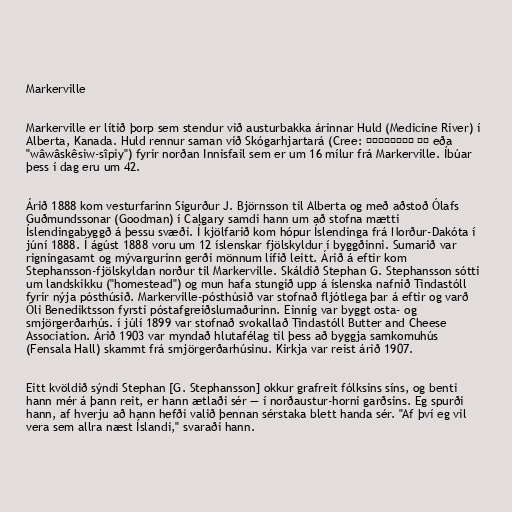
Markerville

Markerville er lítið þorp sem stendur við austurbakka árinnar Huld (Medicine River) í
Alberta, Kanada. Huld rennur saman við Skógarhjartará (Cree: ᐋᐧᐋᐧᐢᑫᓯᐤ ᓰᐱ eða
"wâwâskêsiw-sîpiy") fyrir norðan Innisfail sem er um 16 mílur frá Markerville. Íbúar
þess í dag eru um 42.

Árið 1888 kom vesturfarinn Sigurður J. Björnsson til Alberta og með aðstoð Ólafs
Guðmundssonar (Goodman) í Calgary samdi hann um að stofna mætti
Íslendingabyggð á þessu svæði. Í kjölfarið kom hópur Íslendinga frá Norður-Dakóta í
júní 1888. Í ágúst 1888 voru um 12 íslenskar fjölskyldur í byggðinni. Sumarið var
rigningasamt og mývargurinn gerði mönnum lífið leitt. Árið á eftir kom
Stephansson-fjölskyldan norður til Markerville. Skáldið Stephan G. Stephansson sótti
um landskikku ("homestead") og mun hafa stungið upp á íslenska nafnið Tindastóll
fyrir nýja pósthúsið. Markerville-pósthúsið var stofnað fljótlega þar á eftir og varð
Óli Benediktsson fyrsti póstafgreiðslumaðurinn. Einnig var byggt osta- og
smjörgerðarhús. í júlí 1899 var stofnað svokallað Tindastóll Butter and Cheese
Association. Árið 1903 var myndað hlutafélag til þess að byggja samkomuhús
(Fensala Hall) skammt frá smjörgerðarhúsinu. Kirkja var reist árið 1907.

Eitt kvöldið sýndi Stephan [G. Stephansson] okkur grafreit fólksins síns, og benti
hann mér á þann reit, er hann ætlaði sér — í norðaustur-horni garðsins. Eg spurði
hann, af hverju að hann hefði valið þennan sérstaka blett handa sér. "Af því eg vil
vera sem allra næst Íslandi," svaraði hann.